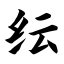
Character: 纭